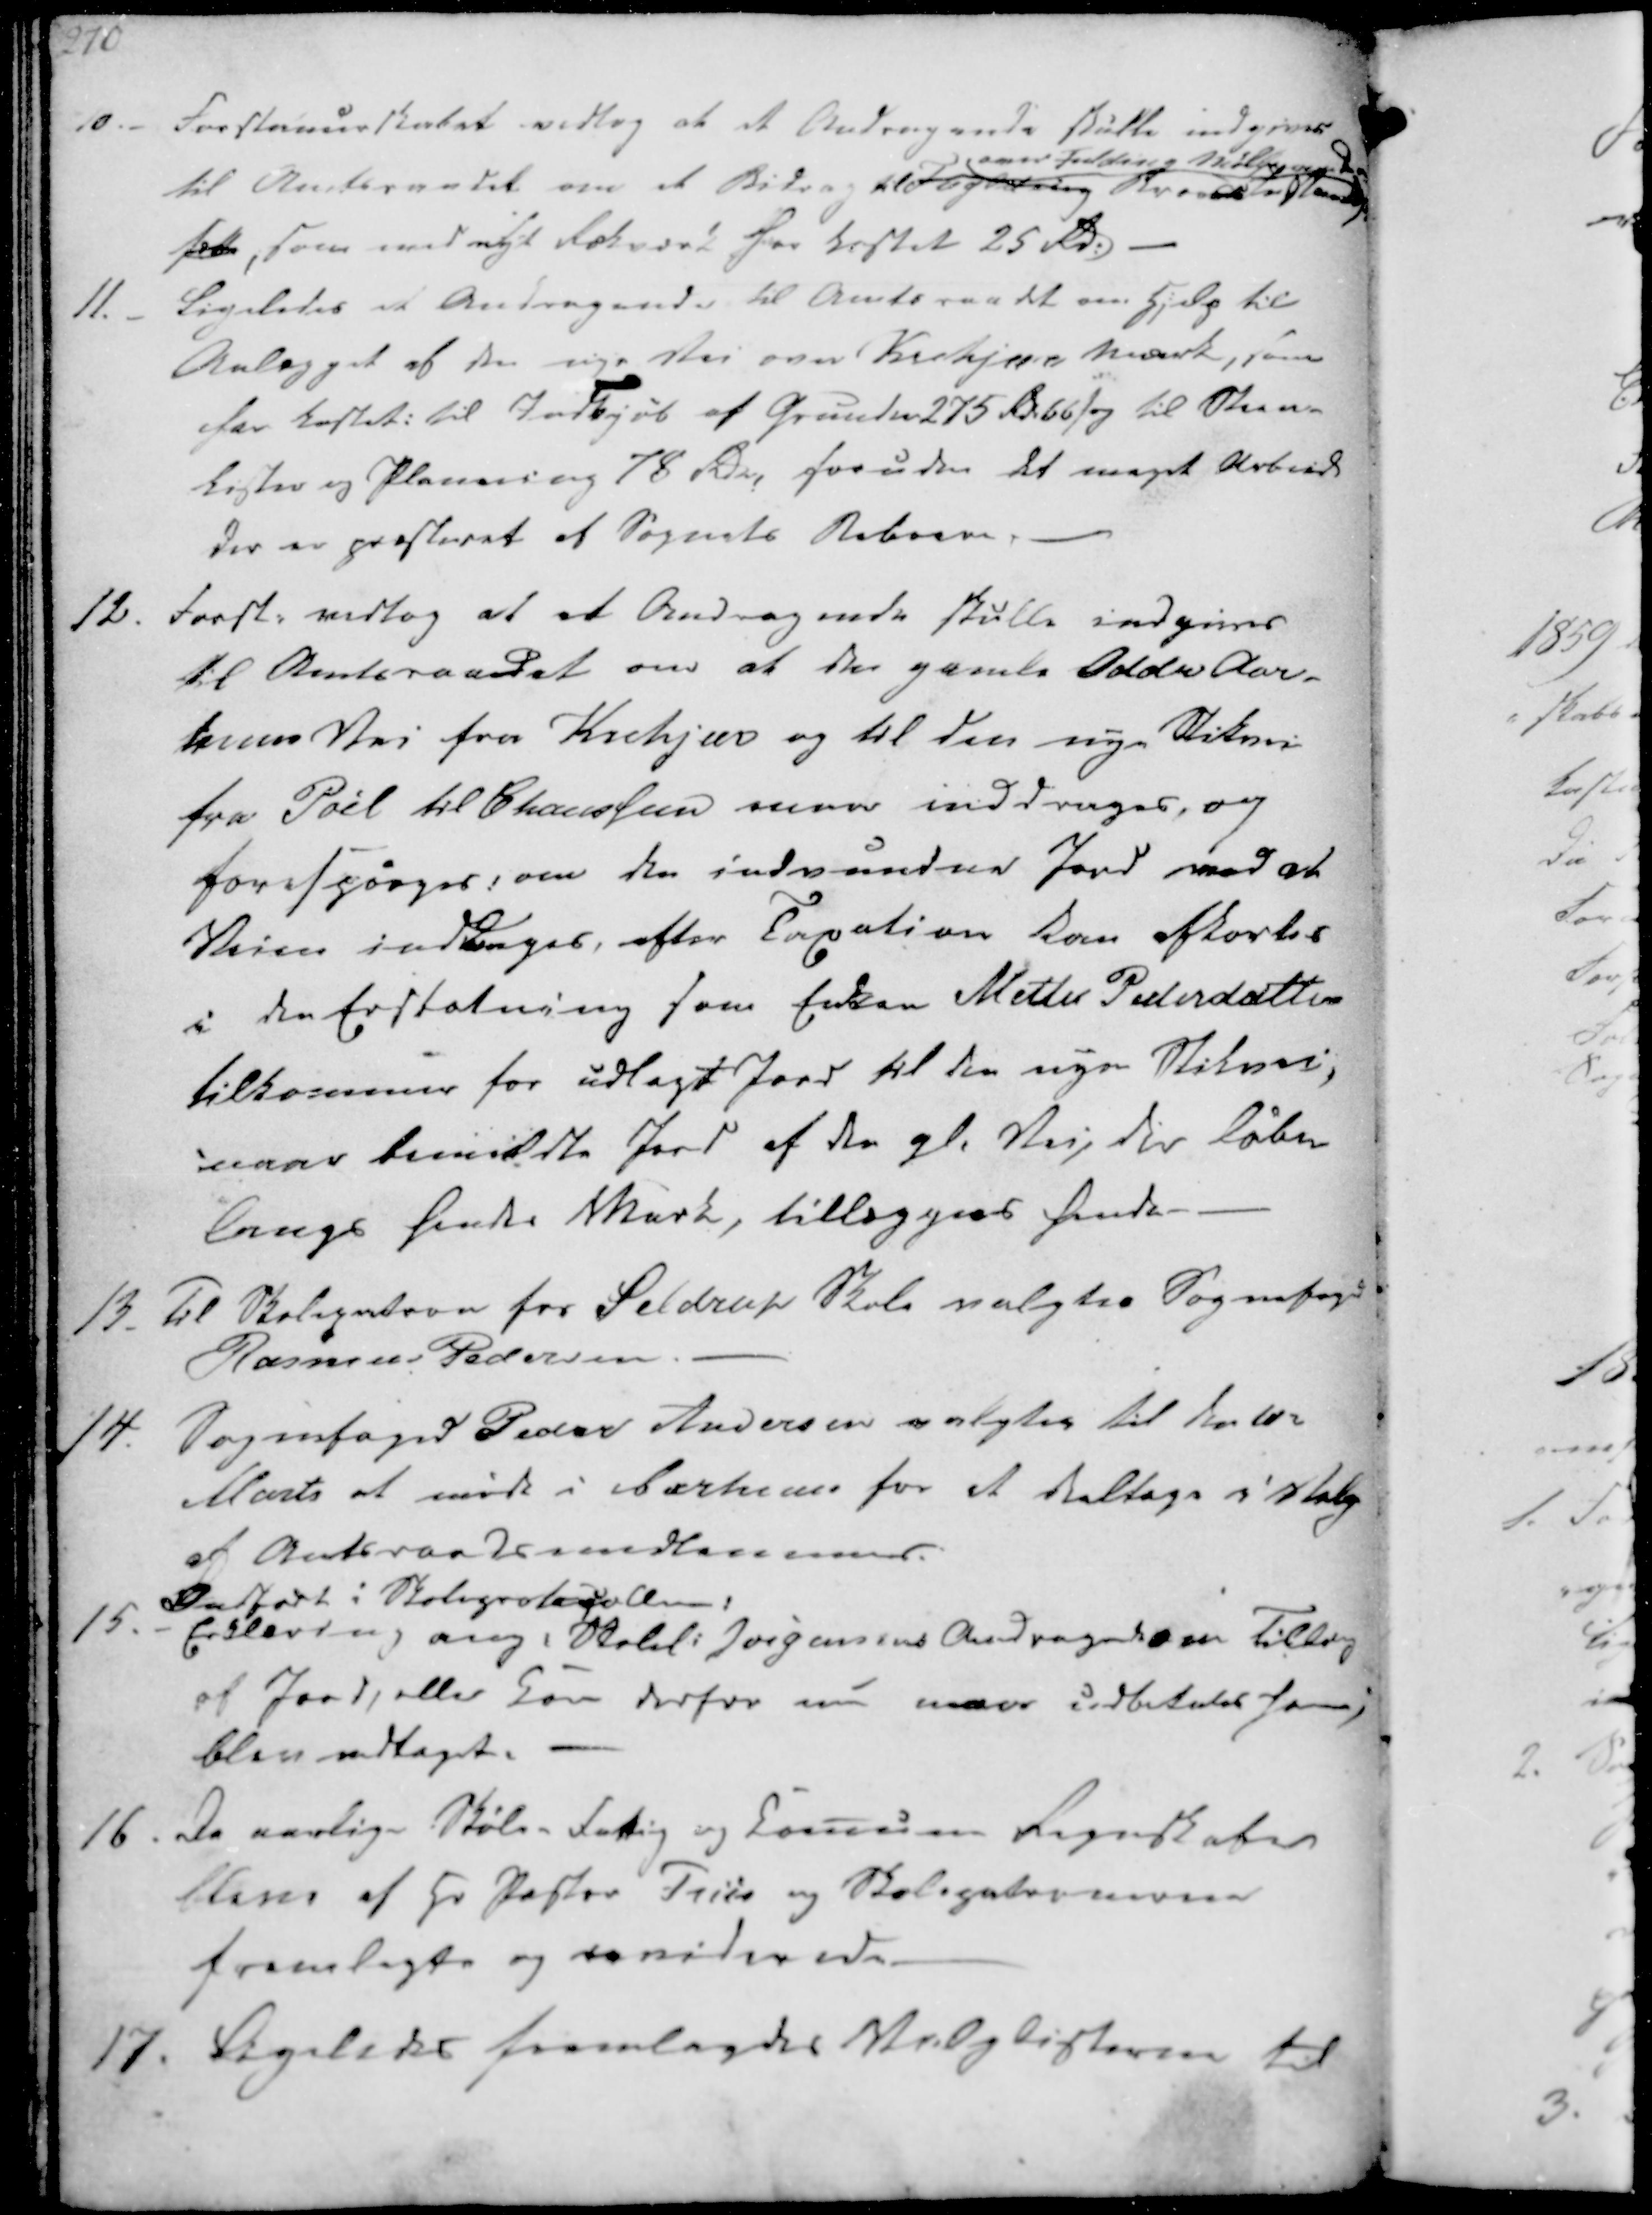
Transskription:
10.
Forstanderskabet vedtog at et Andragende skulle indgives
til Amtsraadet om et Bidrag til Tugtning
over Foelding Møller over da
Skrives Tafstand
sette, som med nyt Rækværk har kostet 25 Rd.
11. _ Ligeledes et Andragende til Amtsraadet om Hjelp til
Anlægget af den nye Vei over Krekjær Mark, som
har kostet: til Indkjøb af Grunden 275 Rd 66 ẞ og til Steen-
kister og Planering 78 Rdr, foruden det meget Arbeide
der er præsteret af Sognets Beboere.

12. Forst. vedtog at et Andragende skulle indgives
til Amtsraadet om at den gamle Odder Aar-
huus Vei fra Krekjær og til den nye Stikvei
fra Pøel til Chaussen maa inddrages, og 
forespørges, om den indvundne Jord ved at
Veien indtages, efter Taxation kan afkortes
i den Erstatning som Enken Mette Pedersdatter
tilkommes for udlagt Jord til den nye Stikvei,
naar bemeldte Jord af den gl. Vei, der løber
langs hendes Mark, tillæggers hende-

13. Til Skolepatron for Seldrup Skole valgtes Sognefoged
Rasmus Pedersen.
14. Sognefoged Peder Andersen valgtes til Kalde
Marts at møde i Aarhuus for at deltage i Valg
af Amtsraadsmedlemmer.
Indført i Skoleprotocollen:
15. - Erklæring ang. Skolel. Jørgensens Andragelses Tillæg
af Jord, eller Corn derfor nu maae udbetales ham;
blev vedtaget.
16. De aarlig- Skole- Fattig og Comune Regnskaber
bleve af Hr Pastor Friis og Skolepatronernes
fremlagte og reviderede

17. Ligeledes fremlagdes Valglisterne til